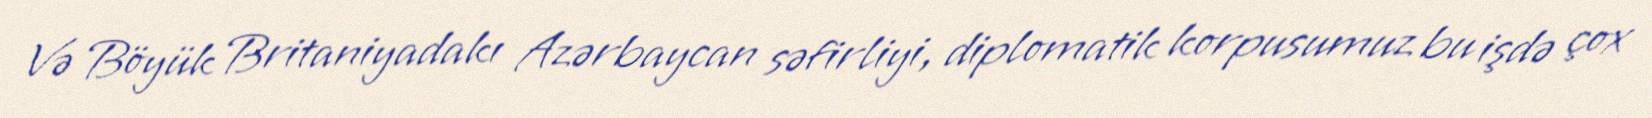
Və Böyük Britaniyadakı Azərbaycan səfirliyi, diplomatik korpusumuz bu işdə çox